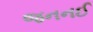
જનનઈ